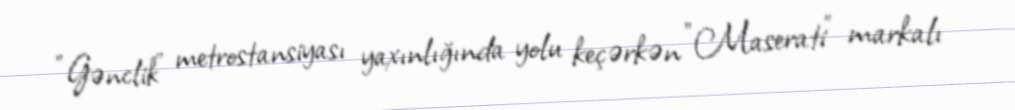
"Gənclik" metrostansiyası yaxınlığında yolu keçərkən "Maserati" markalı